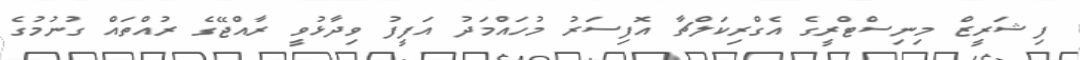
ފިޝަރީޒް މިނިސްޓްރީގެ އެގްރިކަލްޗާ އޮފިސަރު މުހައްމަދު އަފީފު ވިދާޅުވީ ރާއްޖޭގެ ރުއްތައް ގުނުމުގެ